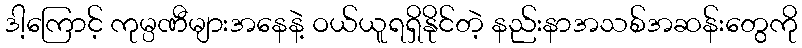
ဒါ့ကြောင့် ကုမ္ပဏီများအနေနဲ့ ဝယ်ယူရရှိနိုင်တဲ့ နည်းနာအသစ်အဆန်းတွေကို